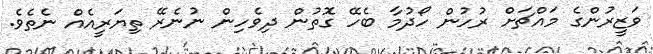
ވަޒީރުންގެ މައްޗަށް ރުހުން ހޯދުމާ ބެހޭ ގޮތުން ދިވެހިން ނުނެރޭ ތިޔަރީއެއް ނެތެވެ.